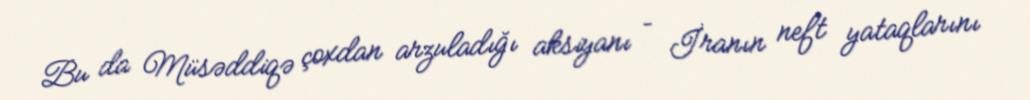
Bu da Müsəddiqə çoxdan arzuladığı aksiyanı – İranın neft yataqlarını